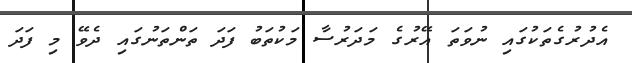
އެދުރުގެތަކުގައި ނުވަތަ އޭރުގެ މަދަރުސާ މަކުތަބު ފަދަ ތަންތަނުގައި ދެވޭ މި ފަދަ